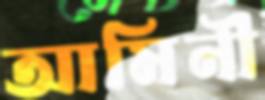
আমিনী